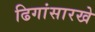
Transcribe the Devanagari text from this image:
ढिगांसारखे